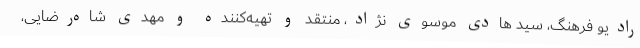
رادیو فرهنگ، سید هادی موسوی نژاد، منتقد و تهیه‌کننده و مهدی شاه‌رضایی،